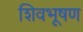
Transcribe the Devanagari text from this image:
शिवभूषण